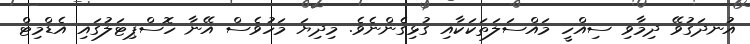
އުނދަގުވޭ ދިމާވި ސިއްހީ މައްސަލަތަކަކާއި ގުޅިގެންނެވެ. މިދިޔަ މަހުވެސް އޭނާ ހޮސްޕިޓަލުގައި އެޑްމިޓް